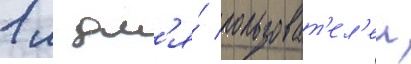
1 м дл'я́ пользоват'ел'еи